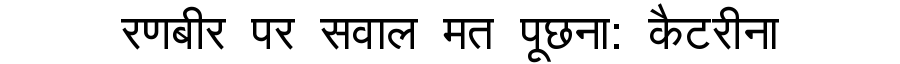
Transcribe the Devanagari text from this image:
रणबीर पर सवाल मत पूछना: कैटरीना